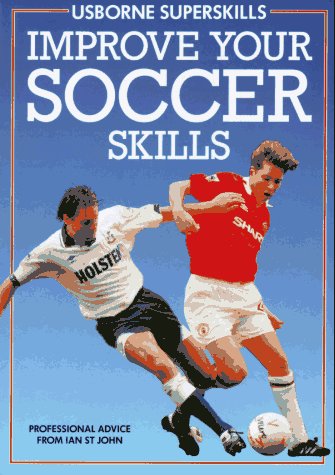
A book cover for Improve Your Soccer Skills (Superskills Series); Paula Woods; Children's Books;